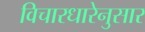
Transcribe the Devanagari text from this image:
विचारधारेनुसार